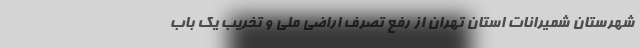
شهرستان شمیرانات استان تهران از رفع تصرف اراضی ملی و تخریب یک باب